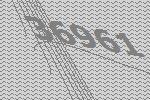
36961